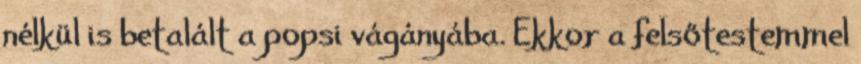
nélkül is betalált a popsi vágányába. Ekkor a felsőtestemmel